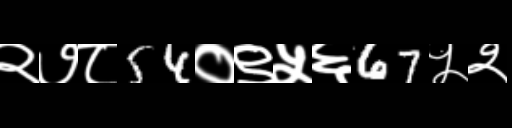
Text: २७८54०९५६67५२